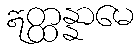
ဣတ္ထန္နာမေ